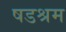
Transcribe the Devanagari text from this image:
षडश्रम